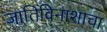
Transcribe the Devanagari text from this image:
जातिविनाशाचा